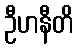
ဦဟနီတိ